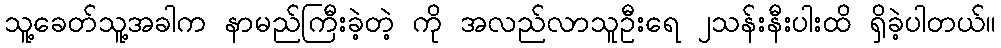
သူ့ခေတ်သူ့အခါက နာမည်ကြီးခဲ့တဲ့ ကို အလည်လာသူဦးရေ ၂သန်းနီးပါးထိ ရှိခဲ့ပါတယ်။